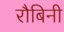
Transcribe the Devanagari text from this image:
रौबिनी